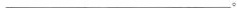
___